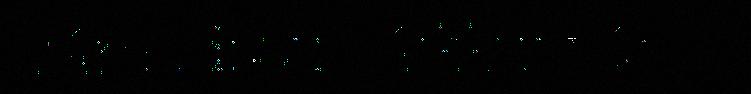
Sámediggi vájkkut váj